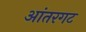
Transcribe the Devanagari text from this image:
आंतरगट